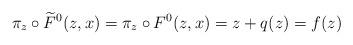
LaTeX: \begin{align*}\pi_z\circ \widetilde{F}^0 (z,x) = \pi_z\circ F^0(z,x) = z+q(z) = f(z)\end{align*}